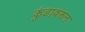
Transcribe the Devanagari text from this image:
कुंडावरून